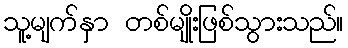
သူ့မျက်နှာ တစ်မျိုးဖြစ်သွားသည်။